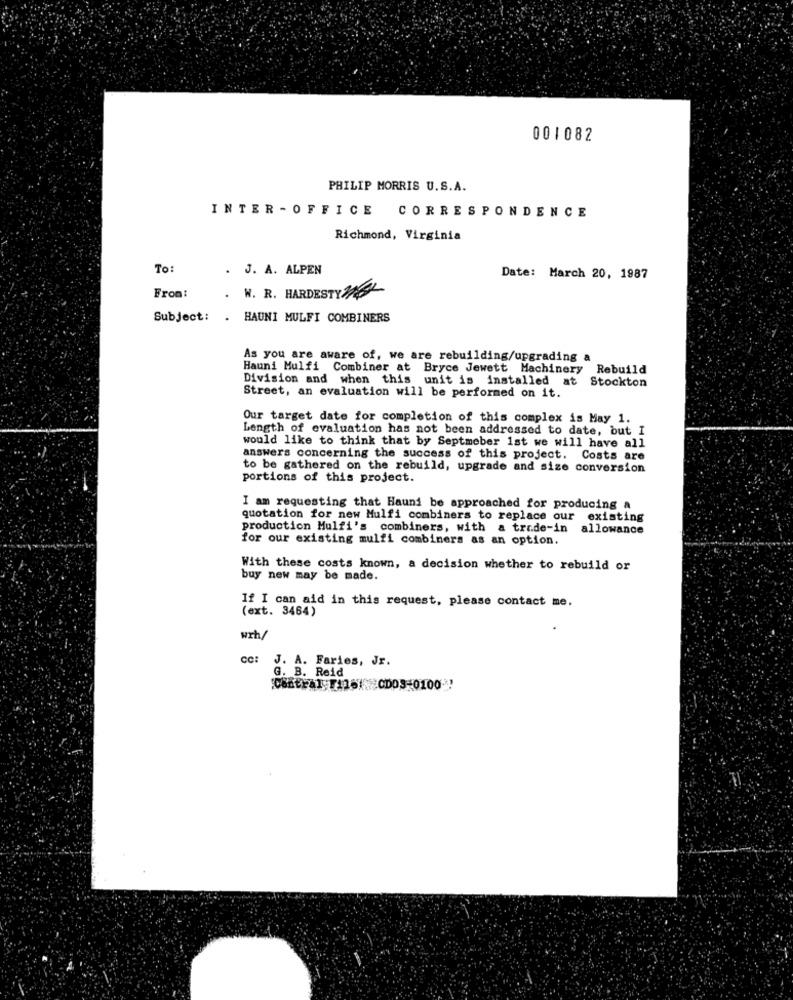
001082
PHILIP MORRIS U.S.A.
INTER - OFFICE CORRESPONDENCE
Richmond, Virginia
To:
. J. A. ALPEN
Date: March 20, 1987
From:
W. R. HARDESTYML
Subject:
.
HAUNI MULFI COMBINERS
As you are aware of, we are rebuilding/upgrading a
Hauni Mulfi Combiner at Bryce Jewett Machinery Rebuild
Division and when this unit is installed at Stockton
Street, an evaluation will be performed on it.
Our target date for completion of this complex is May 1.
Length of evaluation has not been addressed to date, but I
would like to think that by Septmeber 1st we will have all
answers concerning the success of this project. Costs are
to be gathered on the rebuild, upgrade and size conversion
portions of this project.
I am requesting that Haund be approached for producing a
quotation for new Mulfi combiners to replace our existing
production Mulfi's combiners, with a trade-in allowance
for our existing mulfi combiners as an option.
With these costs known, a decision whether to rebuild or
buy new may be made.
If I can aid in this request, please contact me.
(ext. 3464)
wrh
CC:
J. A. Faries, Jr.
G. B. Reid
Central. THIS :: CDO3-0100"